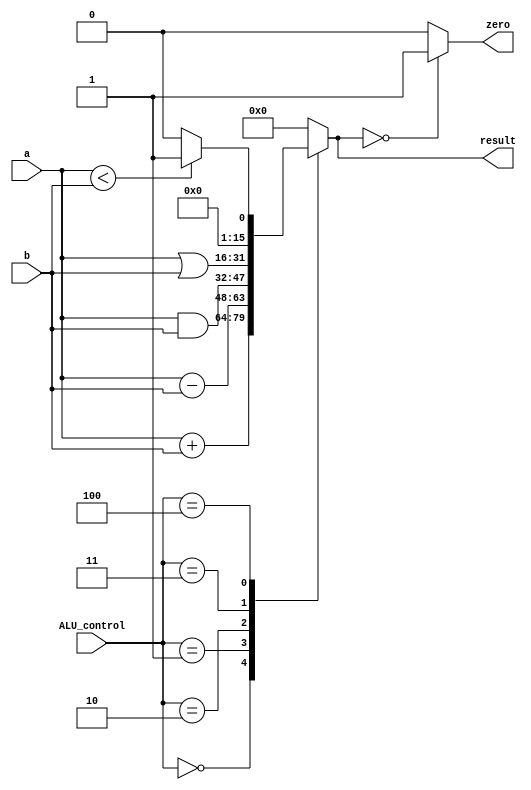
module ALU (

input [15:0] a, b,
input [2:0]  ALU_control,
output reg [15:0] result,
output zero

);

always @(a ,b, ALU_control)
begin

case (ALU_control)
3'b000: result = a + b;
3'b001: result = a - b;
3'b010: result = a & b;
3'b011: result = a | b;
3'b100: result = (a < b) ? 16'd1 : 16'd0;
default: result = 16'd0;
endcase

end

assign zero = (result == 16'd0) ? 1'b1 : 1'b0;

endmodule